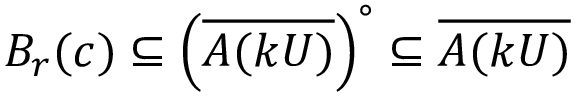
B _ { r } ( c ) \subseteq \left( { \overline { { A ( k U ) } } } \right) ^ { \circ } \subseteq { \overline { { A ( k U ) } } }